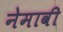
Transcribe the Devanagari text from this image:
नेमावी